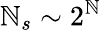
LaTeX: \mathbb{N}_{s}\sim2^{\mathbb{N}}